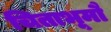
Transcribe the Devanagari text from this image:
चिताभूमौ